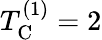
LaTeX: T_{\mathrm{C}}^{(1)}=2